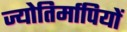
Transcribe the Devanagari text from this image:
ज्योतिर्मापियों